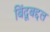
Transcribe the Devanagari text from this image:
बिंदूबद्दल